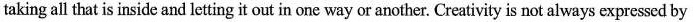
and taking all that is inside and letting it out in one wayor another. Creativity is not always expressed by